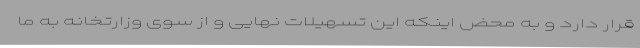
قرار دارد و به محض اینکه این تسهیلات نهایی و از سوی وزارتخانه به ما